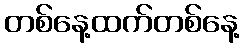
တစ်နေ့ထက်တစ်နေ့